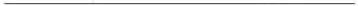
___